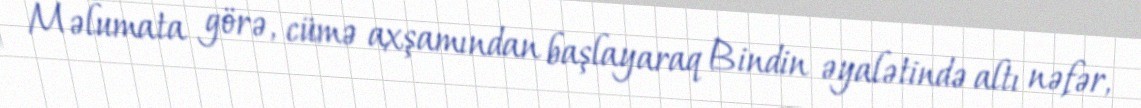
Məlumata görə, cümə axşamından başlayaraq Bindin əyalətində altı nəfər,